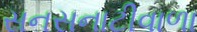
સનસનાટીવાળા